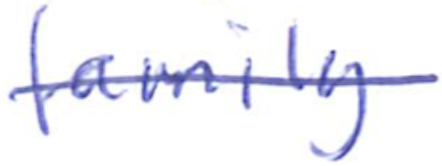
Text: family
Cross-out: single-line
Writing tool: ballpoint